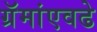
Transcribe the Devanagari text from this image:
ग्रॅमांएवढे